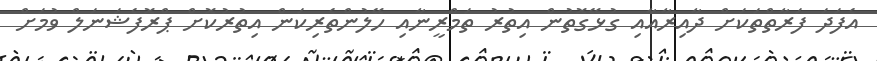
އެފަދަ ފަރާތްތަކަށް ދާއިރާއާއި ގުޅޭގޮތުން އިތުރު ތަމްރީނާއި ހޭލުންތެރިކަން އިތުރުކޮށް ޕްރޮފެޝަނަލް ވުމަށް